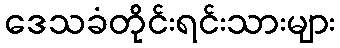
ဒေသခံတိုင်းရင်းသားများ